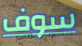
سوف